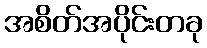
အစိတ်အပိုင်းတခု